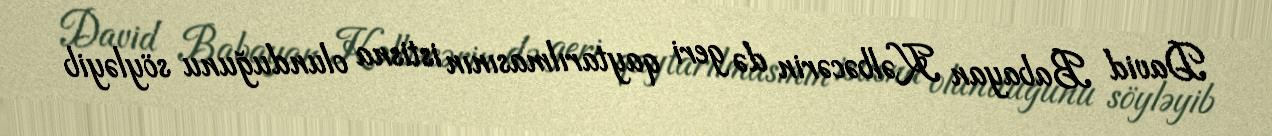
David Babayan Kəlbəcərin də geri qaytarılmasının istisna olunduğunu söyləyib